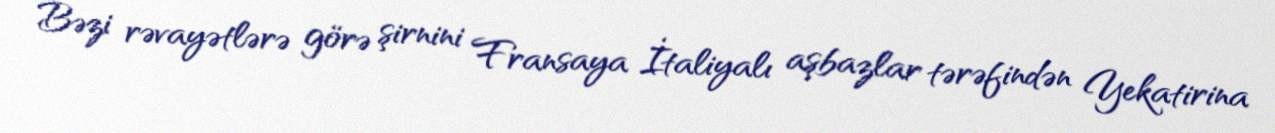
Bəzi rəvayətlərə görə şirnini Fransaya İtaliyalı aşbazlar tərəfindən Yekatirina